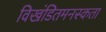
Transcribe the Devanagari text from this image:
विखंडितमनस्कता